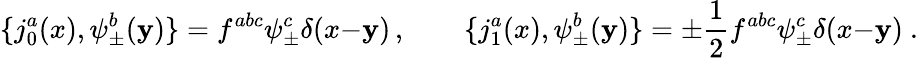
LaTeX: \{ j_{0}^{a}(x),\psi_{\pm}^{b}(\mathbf{y})\} =f^{abc}\psi_{\pm}^{c}\delta(x{-}\mathbf{y})\, ,\qquad\{ j_{1}^{a}(x),\psi_{\pm}^{b}(\mathbf{y})\} =\pm{\frac{{1}}{{2}}}f^{abc}\psi_{\pm}^{c}\delta(x{-}\mathbf{y})\ .